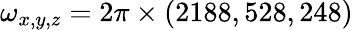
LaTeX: \omega_{x,y,z}=2\pi\times(2188,528,248)